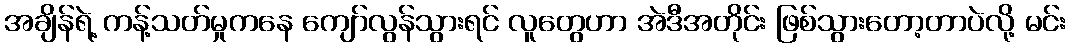
အချိန်ရဲ့ ကန့်သတ်မှုကနေ ကျော်လွန်သွားရင် လူတွေဟာ အဲဒီအတိုင်း ဖြစ်သွားတော့တာပဲလို့ မင်း